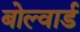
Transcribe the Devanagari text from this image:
बोल्वार्ड